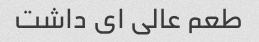
طعم عالی ای داشت